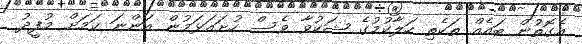
އެގޮތުން ބައެއް ތަކެތި ހަލާކުމުގެ ޝަކުވާ ވެސް ހުށައަޅަމުން އަންނަ ކަމަށް މުފީދު